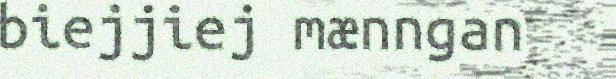
biejjiej mænngan